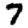
Digit: 7